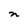
Character: n